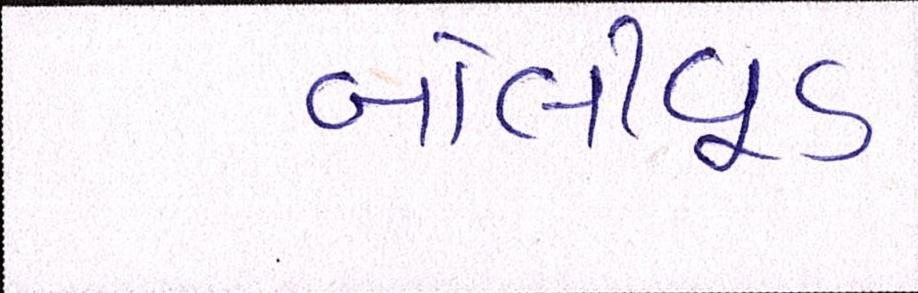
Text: બૉલીવૂડ